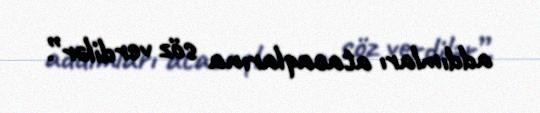
addımları atacaqlarına söz verdilər”.